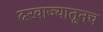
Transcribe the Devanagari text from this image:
दरवाज्यातूनच